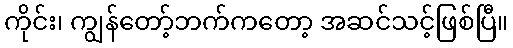
ကိုင်း၊ ကျွန်တော့်ဘက်ကတော့ အဆင်သင့်ဖြစ်ပြီ။